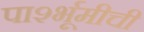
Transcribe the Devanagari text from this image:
पार्श्भूमीची